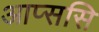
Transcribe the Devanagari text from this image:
आप्ससि